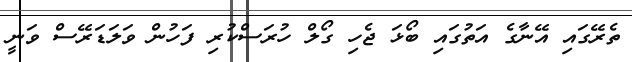
ތެރޭގައި އޭނާގެ އަތުގައި ބޯޅަ ޖެހި ގޯލް ހުރަސްކުރި ފަހުން ވަލަޑަރޭސް ވަނީ